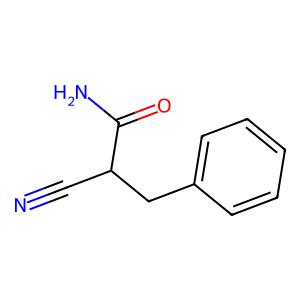
SMILES: N#CC(Cc1ccccc1)C(N)=O
Inhibits HIV replication: No